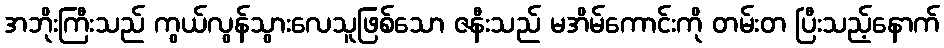
အဘိုးကြီးသည် ကွယ်လွန်သွားလေသူဖြစ်သော ဇနီးသည် မအိမ်ကောင်းကို တမ်းတ ပြီးသည့်နောက်